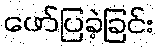
ဖော်ပြခဲ့ခြင်း